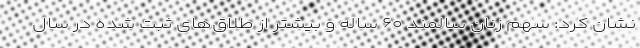
نشان کرد: سهم زنان سالمند ۶۰ ساله و بیشتر از طلاق‌های ثبت شده در سال